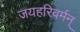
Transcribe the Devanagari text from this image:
जयहरिवर्मन्